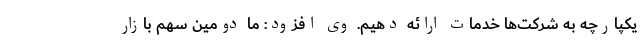
یکپارچه به شرکت‌ها خدمات ارائه دهیم. وی افزود: ما دومین سهم بازار